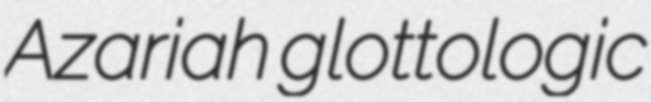
Azariah glottologic